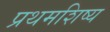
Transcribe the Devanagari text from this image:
प्रथमशिष्य